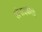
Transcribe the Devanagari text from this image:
संपादकीये